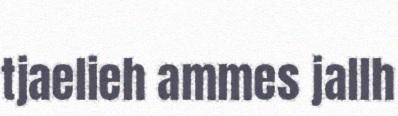
tjaelieh ammes jallh